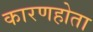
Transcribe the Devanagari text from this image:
कारणहोता